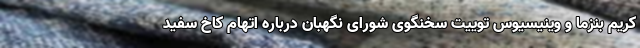
کریم بنزما و وینیسیوس توییت سخنگوی شورای نگهبان درباره اتهام کاخ سفید